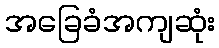
အခြေခံအကျဆုံး